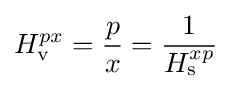
H_{\rm {v}}^{px}={\frac {p}{x}}={\frac {1}{H_{\rm {s}}^{xp}}}